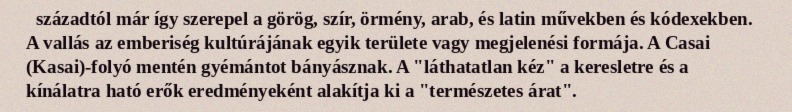
századtól már így szerepel a görög, szír, örmény, arab, és latin művekben és kódexekben. A vallás az emberiség kultúrájának egyik területe vagy megjelenési formája. A Casai (Kasai)-folyó mentén gyémántot bányásznak. A "láthatatlan kéz" a keresletre és a kínálatra ható erők eredményeként alakítja ki a "természetes árat".